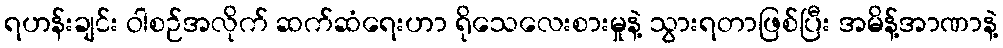
ရဟန်းချင်း ဝါစဉ်အလိုက် ဆက်ဆံရေးဟာ ရိုသေလေးစားမှုနဲ့ သွားရတာဖြစ်ပြီး အမိန့်အာဏာနဲ့